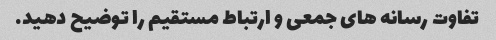
تفاوت رسانه های جمعی و ارتباط مستقیم را توضیح دهید.